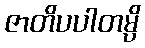
ဇာတိပပါတမ္ပိ